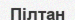
Пілтан